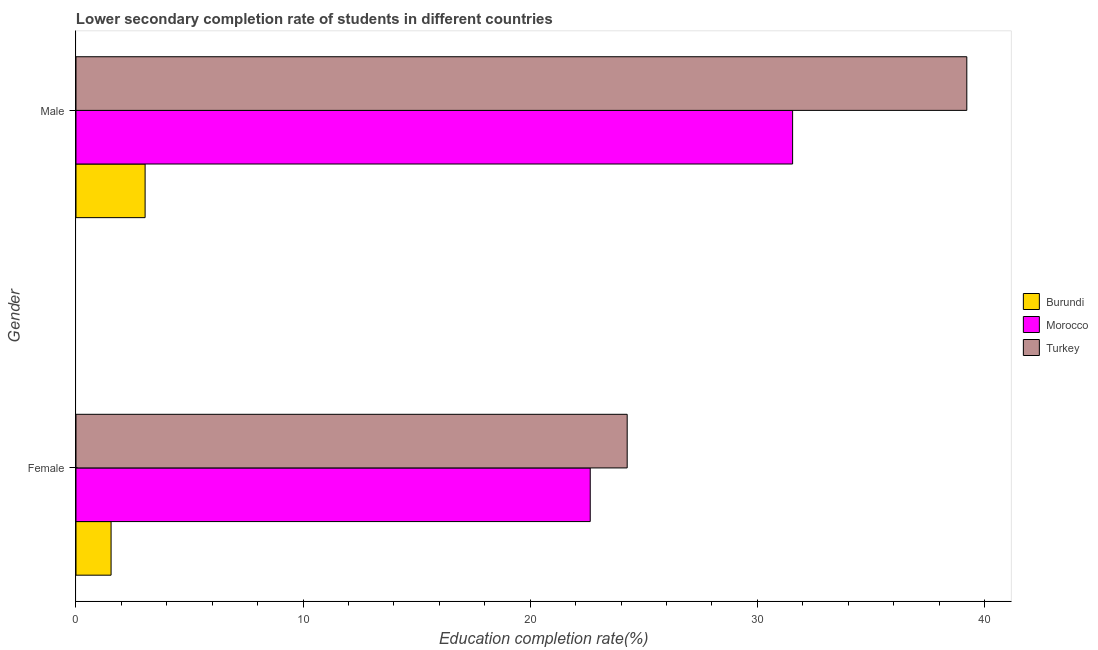
| Gender | Burundi | Morocco | Turkey |
 | --- | --- | --- | --- |
 | Female | 1.54 | 22.6 | 24.3 |
 | Male | 3.04 | 31.6 | 39.2 |